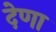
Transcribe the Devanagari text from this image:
देणा